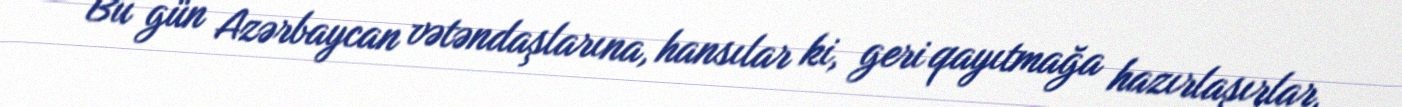
Bu gün Azərbaycan vətəndaşlarına, hansılar ki, geri qayıtmağa hazırlaşırlar,